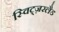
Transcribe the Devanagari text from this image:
स्विट्ज़रलैड